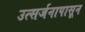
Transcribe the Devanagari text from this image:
उत्सर्जनापासून